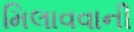
મિલાવવાની